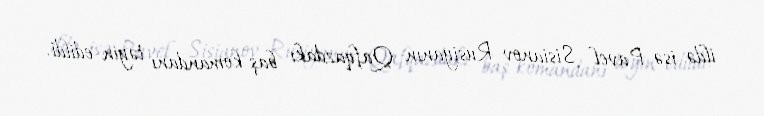
ildə isə Pavel Sisianov Rusiyanın Qafqazdakı baş komandanı təyin edildi.